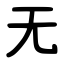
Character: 无